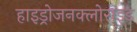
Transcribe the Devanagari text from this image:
हाइड्रोजनक्लोराइड